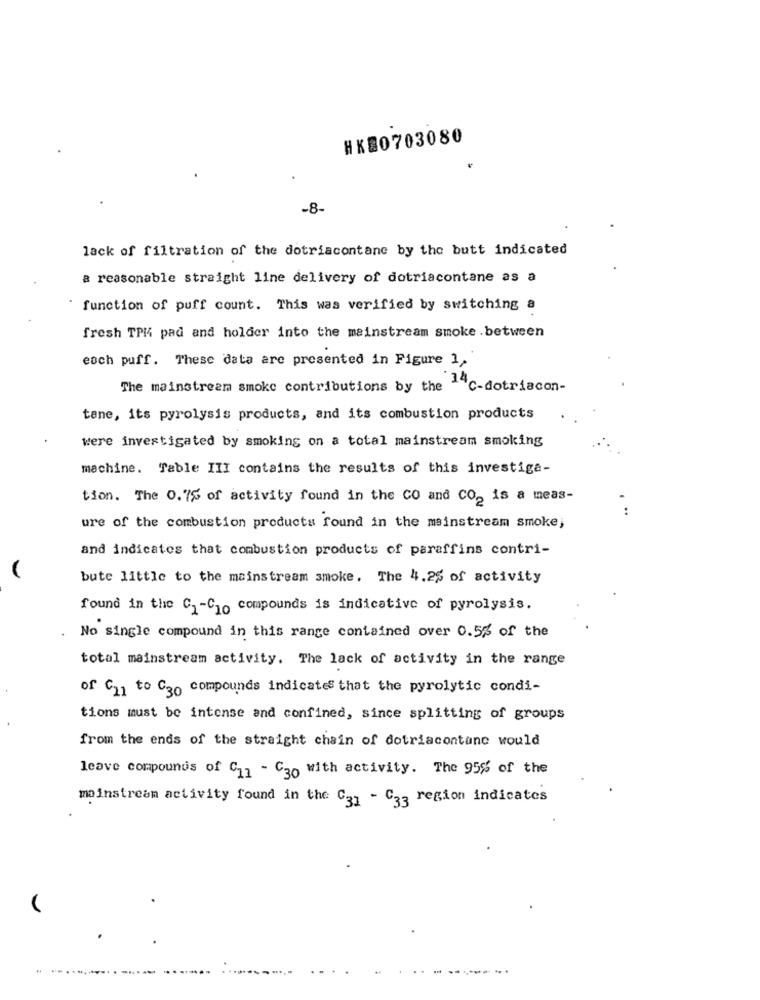
HK20703080
-8-
lack of filtration of the dotriacontane by the butt indicated
a reasonable straight line delivery of dotriacontane as a
function of puff count. This was verified by switching a
fresh TPM pad and holder into the mainstream smoke . between
eoch puff. These data are presented in Figure 1,
The mainstream smoke contributions by the "C-dotriacon-
tane, its pyrolysis products, and its combustion products
were investigated by smoking on a total mainstream smoking
machine. Table III contains the results of this investiga-
tion. The 0.7% of activity found in the CO and CO2 is a meas-
ure of the combustion products found in the mainstream smoke;
and indicates that combustion products of paraffins contri-
bute little to the mainstream smoke. The 4.25 of activity
found in the C. - C . compounds is indicative of pyrolysis.
No single compound in this range contained over 0.5% of the
total mainstream activity. The lack of activity in the range
of C to C30 compounds indicates that the pyrolytic condi-
tions must be intense and confined, since splitting of groups
from the ends of the straight chain of dotriacontane would
leave compounds of C11 - C30 with activity. The 95% of the
mainstream activity found in the C31 - C33 region indicates
............ ...
------.